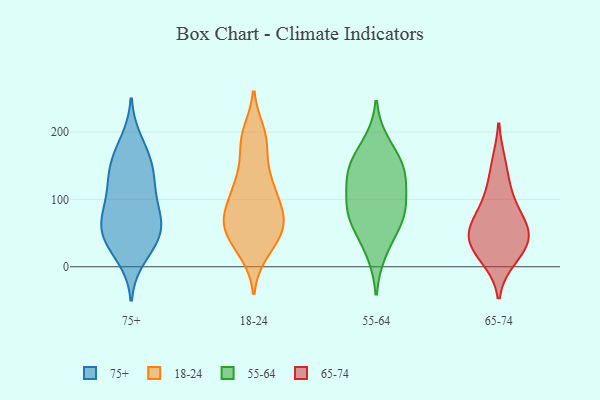
{"axis": {"x": "Production Output", "y": "Value"}, "legend": ["18-24", "55-64", "65-74", "75+"], "data": [{"x": "", "y": 92, "type": "75+"}, {"x": "", "y": 102, "type": "75+"}, {"x": "", "y": 59, "type": "75+"}, {"x": "", "y": 168, "type": "75+"}, {"x": "", "y": 148, "type": "75+"}, {"x": "", "y": 78, "type": "75+"}, {"x": "", "y": 148, "type": "75+"}, {"x": "", "y": 28, "type": "75+"}, {"x": "", "y": 43, "type": "75+"}, {"x": "", "y": 60, "type": "75+"}, {"x": "", "y": 47, "type": "75+"}, {"x": "", "y": 135, "type": "75+"}, {"x": "", "y": 119, "type": "75+"}, {"x": "", "y": 186, "type": "75+"}, {"x": "", "y": 14, "type": "75+"}, {"x": "", "y": 60, "type": "75+"}, {"x": "", "y": 71, "type": "18-24"}, {"x": "", "y": 70, "type": "18-24"}, {"x": "", "y": 22, "type": "18-24"}, {"x": "", "y": 60, "type": "18-24"}, {"x": "", "y": 32, "type": "18-24"}, {"x": "", "y": 61, "type": "18-24"}, {"x": "", "y": 118, "type": "18-24"}, {"x": "", "y": 180, "type": "18-24"}, {"x": "", "y": 46, "type": "18-24"}, {"x": "", "y": 93, "type": "18-24"}, {"x": "", "y": 189, "type": "18-24"}, {"x": "", "y": 198, "type": "18-24"}, {"x": "", "y": 129, "type": "18-24"}, {"x": "", "y": 126, "type": "18-24"}, {"x": "", "y": 81, "type": "18-24"}, {"x": "", "y": 140, "type": "55-64"}, {"x": "", "y": 76, "type": "55-64"}, {"x": "", "y": 147, "type": "55-64"}, {"x": "", "y": 95, "type": "55-64"}, {"x": "", "y": 129, "type": "55-64"}, {"x": "", "y": 101, "type": "55-64"}, {"x": "", "y": 69, "type": "55-64"}, {"x": "", "y": 61, "type": "55-64"}, {"x": "", "y": 22, "type": "55-64"}, {"x": "", "y": 183, "type": "55-64"}, {"x": "", "y": 155, "type": "55-64"}, {"x": "", "y": 92, "type": "65-74"}, {"x": "", "y": 61, "type": "65-74"}, {"x": "", "y": 113, "type": "65-74"}, {"x": "", "y": 51, "type": "65-74"}, {"x": "", "y": 21, "type": "65-74"}, {"x": "", "y": 58, "type": "65-74"}, {"x": "", "y": 32, "type": "65-74"}, {"x": "", "y": 154, "type": "65-74"}, {"x": "", "y": 48, "type": "65-74"}, {"x": "", "y": 12, "type": "65-74"}]}